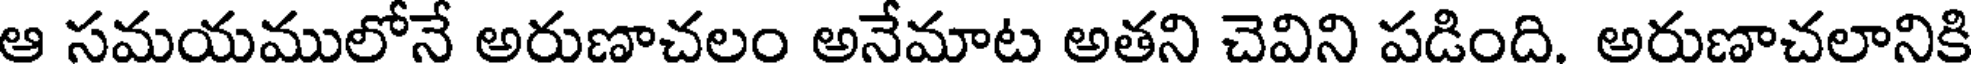
ఆ సమయములోనే అరుణాచలం అనేమాట అతని చెవిని పడింది. అరుణాచలానికి